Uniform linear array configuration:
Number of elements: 64
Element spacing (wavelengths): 0.25
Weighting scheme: hann
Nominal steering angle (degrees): -60
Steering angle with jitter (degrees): -58.653
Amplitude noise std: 0.05
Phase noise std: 0.05

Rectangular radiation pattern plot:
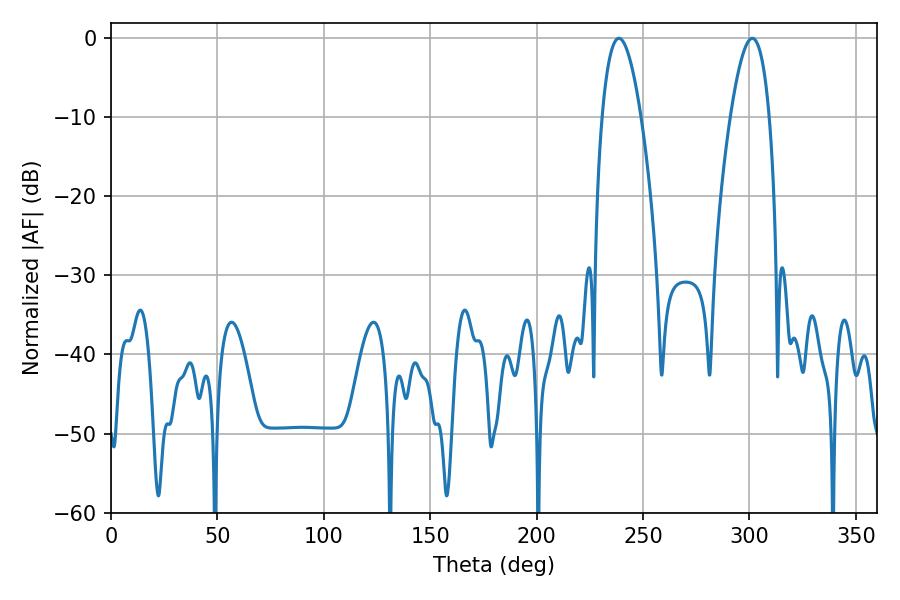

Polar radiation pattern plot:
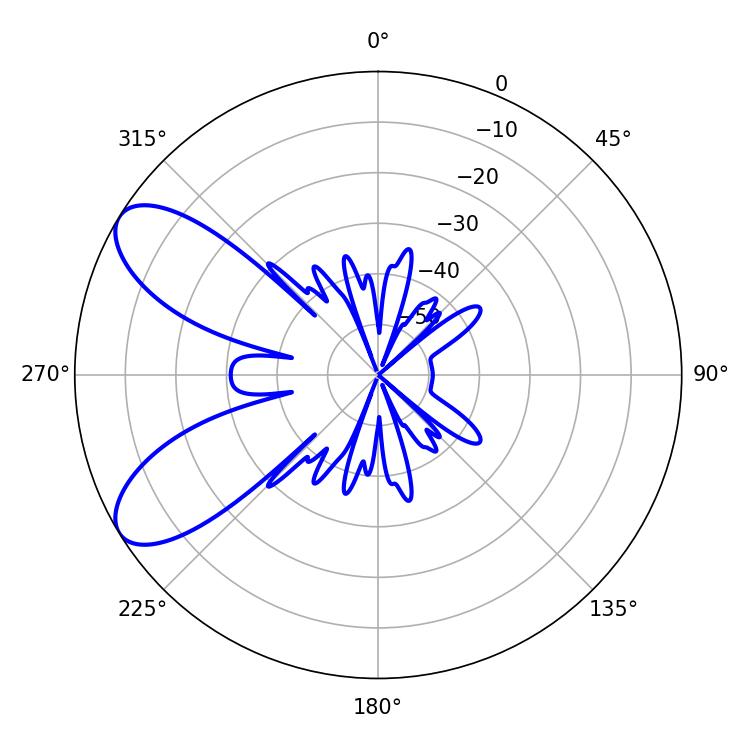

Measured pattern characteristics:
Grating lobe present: FALSE
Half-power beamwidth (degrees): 10.08
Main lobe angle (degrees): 238.68